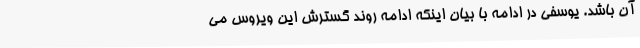
آن باشد. یوسفی در ادامه با بیان اینکه ادامه روند گسترش این ویروس می